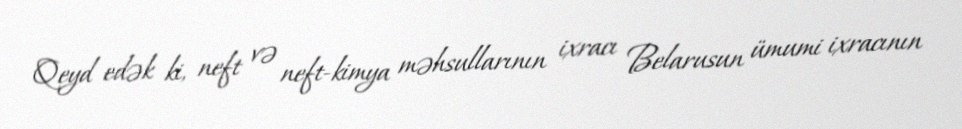
Qeyd edək ki, neft və neft-kimya məhsullarının ixracı Belarusun ümumi ixracının